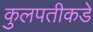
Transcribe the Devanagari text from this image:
कुलपतीकडे